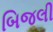
બિજલી